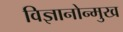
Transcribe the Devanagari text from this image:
विज्ञानोन्मुख